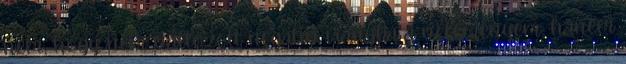
nem, hogy nem változott negatív irányba a véleményem, hanem